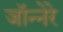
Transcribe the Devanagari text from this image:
जॉन्नेरे